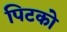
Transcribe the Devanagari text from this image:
पिटको